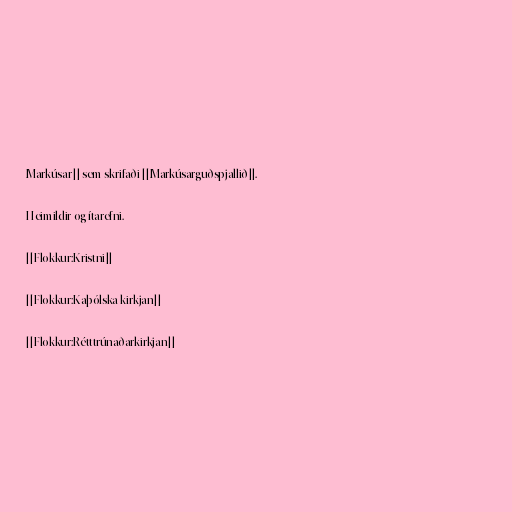
Markúsar]] sem skrifaði [[Markúsarguðspjallið]].

Heimildir og ítarefni.

[[Flokkur:Kristni]]

[[Flokkur:Kaþólska kirkjan]]

[[Flokkur:Rétttrúnaðarkirkjan]]